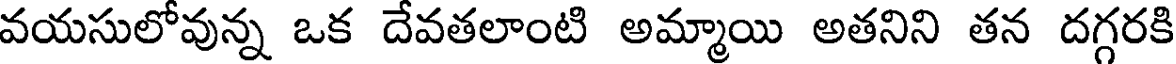
వయసులోవున్న ఒక దేవతలాంటి అమ్మాయి అతనిని తన దగ్గరకి